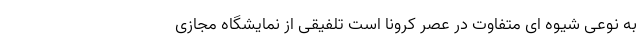
به نوعی شیوه ای متفاوت در عصرِ کرونا است تلفیقی از نمایشگاهِ مجازی